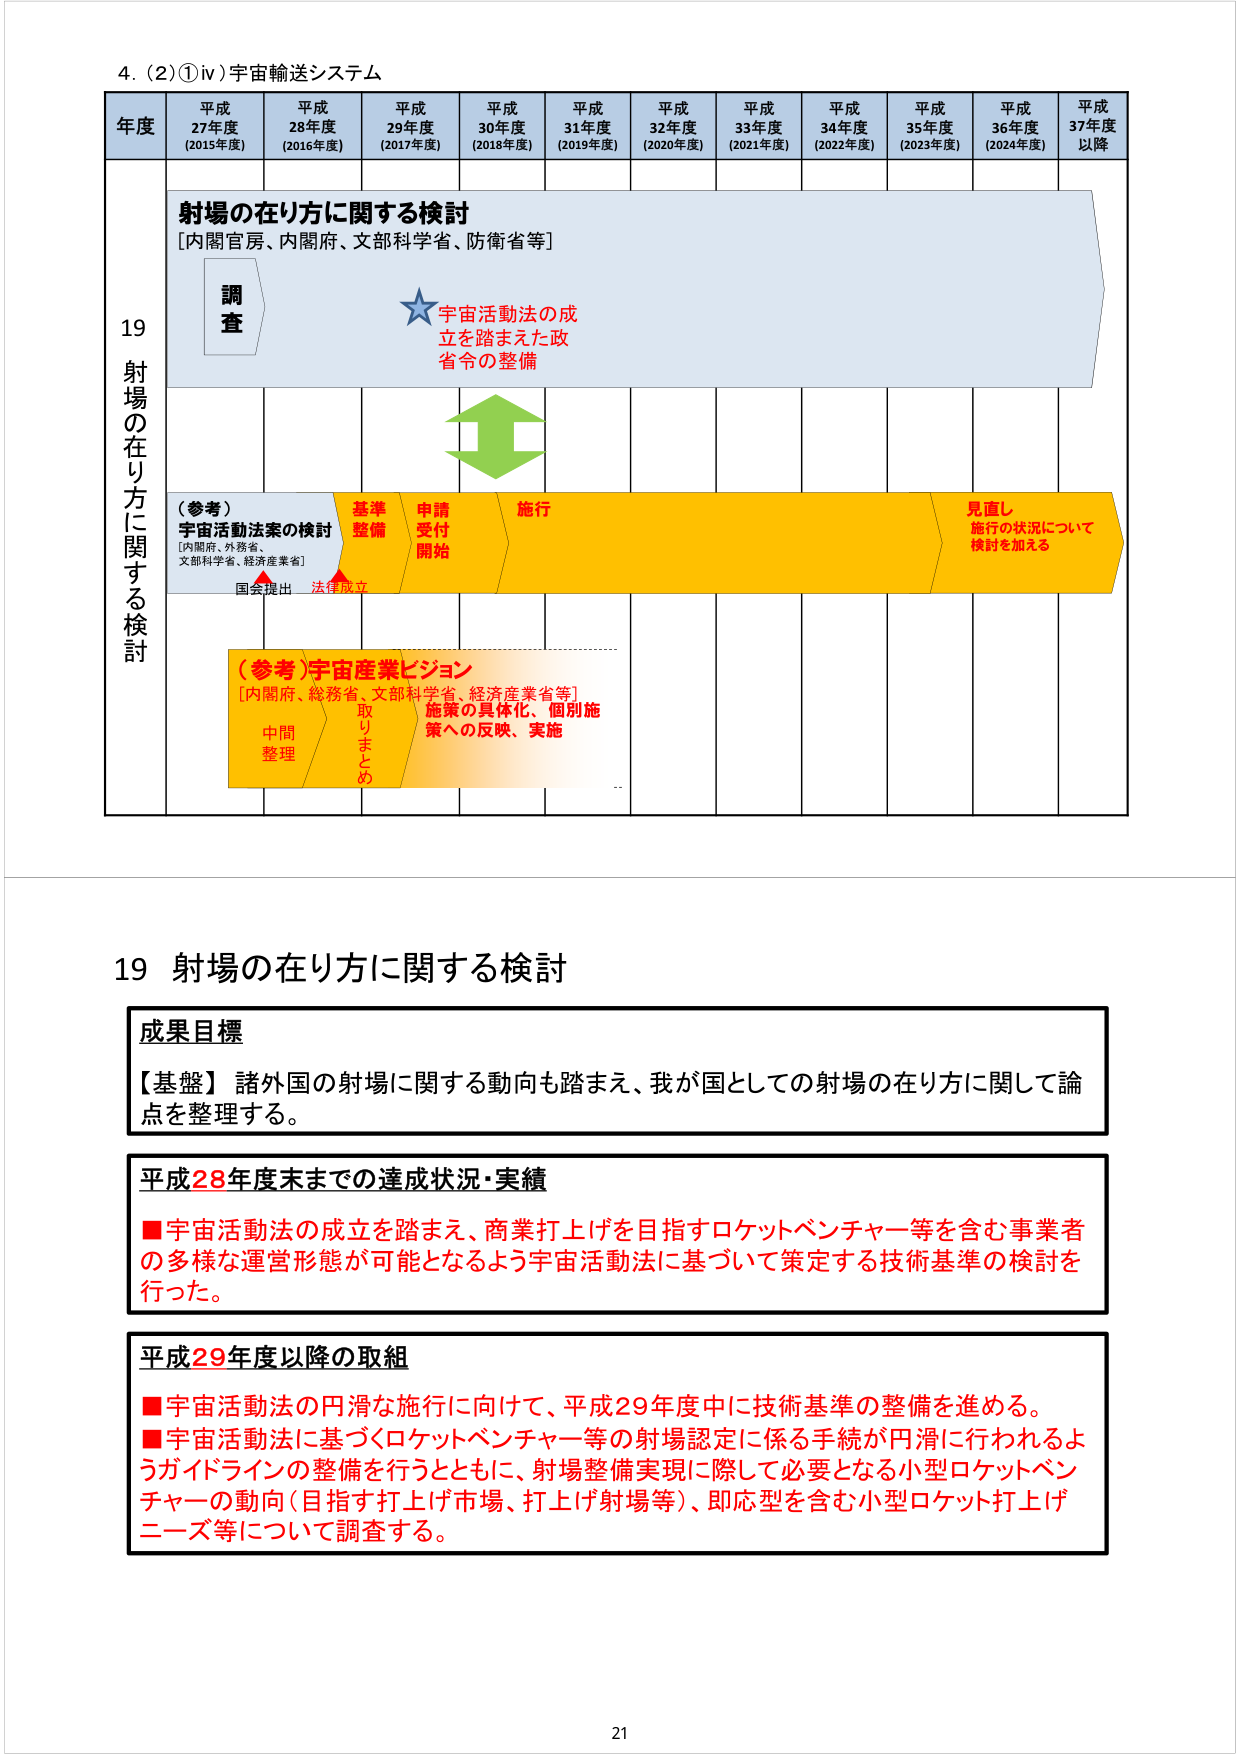
4. (2) ①iv) 宇宙輸送システム

年度 平成27年度 (2015年度) 平成28年度 (2016年度) 平成29年度 (2017年度) 平成30年度 (2018年度) 平成31年度 (2019年度) 平成32年度 (2020年度) 平成33年度 (2021年度) 平成34年度 (2022年度) 平成35年度 (2023年度) 平成36年度 (2024年度) 平成37年度以降

19 射場の在り方に関する検討

射場の在り方に関する検討
[内閣官房、内閣府、文部科学省、防衛省等]

調査

★ 宇宙活動法の成立を踏まえた政省令の整備

（参考）宇宙活動法案の検討
[内閣府、外務省、文部科学省、経済産業省]
国会提出 法律成立

基準整備 申請受付開始 施行 見直し 施行の状況について検討を加える

（参考）宇宙産業ビジョン
[内閣府、総務省、文部科学省、経済産業省等]
中間整理 取りまとめ 施策の具体化、個別施策への反映、実施

19 射場の在り方に関する検討

成果目標
【基盤】諸外国の射場に関する動向も踏まえ、我が国としての射場の在り方に関して論点を整理する。

平成28年度末までの達成状況・実績
■宇宙活動法の成立を踏まえ、商業打上げを目指すロケットベンチャー等を含む事業者の多様な運営形態が可能となるよう宇宙活動法に基づいて策定する技術基準の検討を行った。

平成29年度以降の取組
■宇宙活動法の円滑な施行に向けて、平成29年度中に技術基準の整備を進める。
■宇宙活動法に基づくロケットベンチャー等の射場認定に係る手続が円滑に行われるようガイドラインの整備を行うとともに、射場整備実現に際して必要となる小型ロケットベンチャーの動向（目指す打上げ市場、打上げ射場等）、即応型を含む小型ロケット打上げニーズ等について調査する。

21